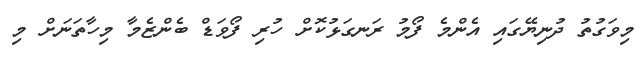
މިވަގުތު ދުނިޔޭގައި އެންމެ ފޯމު ރަނގަޅުކޮށް ހުރި ފޯވަޑް ބެންޒެމާ މިހާތަނަށް މި